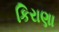
કિરાણા